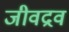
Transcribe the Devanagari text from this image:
जीवद्रव